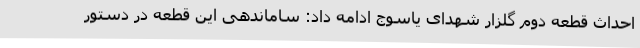
احداث قطعه دوم گلزار شهدای یاسوج ادامه داد: ساماندهی این قطعه در دستور